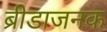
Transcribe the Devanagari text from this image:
ब्रीडाजनक